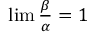
\textstyle \operatorname* { l i m } { \frac { \beta } { \alpha } } = 1